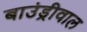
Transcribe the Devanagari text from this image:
बाउंड्रीवाल